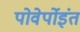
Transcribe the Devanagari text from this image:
पोवेर्पोइंत